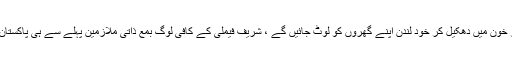
پاکستان کو آگ اور خون میں دھکیل کر خود لندن اپنے گھروں کو لوٹ جائیں گے ، شریف فیملی کے کافی لوگ بمع ذاتی ملازمین پہلے سے ہی پاکستان چھوڑ چکے ہیں ۔